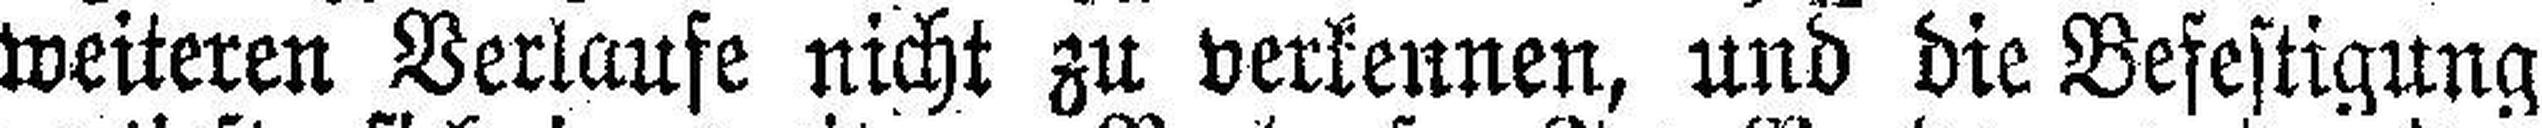
weiteren Verlaufe nicht zu verkennen, und die Befestigung